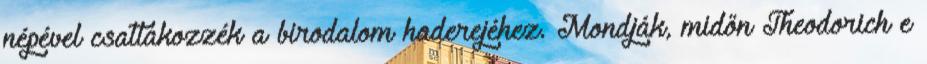
népével csatlakozzék a birodalom haderejéhez. Mondják, midőn Theodorich e